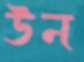
উন